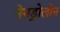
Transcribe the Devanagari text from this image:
नेनड्रोलोन